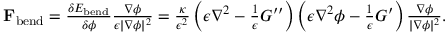
\begin{array} { r } { \mathbf { F } _ { \mathrm { b e n d } } = \frac { \delta E _ { \mathrm { b e n d } } } { \delta \phi } \frac { \nabla \phi } { \epsilon | \nabla \phi | ^ { 2 } } = \frac { \kappa } { \epsilon ^ { 2 } } \left( \epsilon \nabla ^ { 2 } - \frac { 1 } { \epsilon } G ^ { \prime \prime } \right) \left( \epsilon \nabla ^ { 2 } \phi - \frac { 1 } { \epsilon } G ^ { \prime } \right) \frac { \nabla \phi } { | \nabla \phi | ^ { 2 } } . } \end{array}